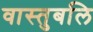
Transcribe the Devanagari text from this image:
वास्तुबलि